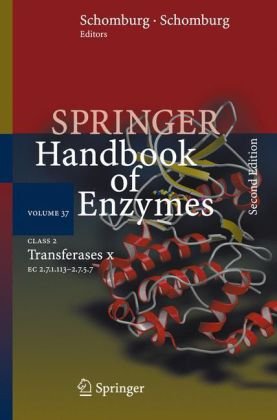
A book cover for Class 2 Transferases X: EC 2.7.1.113 - 2.7.5.7 (Springer Handbook of Enzymes); Medical Books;